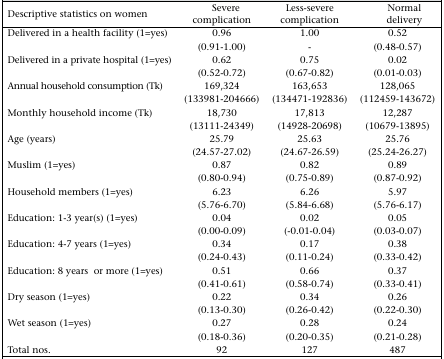
| Descriptive statistics on women | Severe complication | Less-severe complication | Normal delivery |
 | --- | --- | --- | --- |
 | Delivered in a health facility (1=yes) | 0.96 | 1.00 | 0.52 |
 |  | (0.91-1.00) | - | (0.48-0.57) |
 | Delivered in a private hospital (1=yes) | 0.62 | 0.75 | 0.02 |
 |  | (0.52-0.72) | (0.67-0.82) | (0.01-0.03) |
 | Annual household consumption (Tk) | 169,324 | 163,653 | 128,065 |
 |  | (133981-204666) | (134471-192836) | (112459-143672) |
 | Monthly household income (Tk) | 18,730 | 17,813 | 12,287 |
 |  | (13111-24349) | (14928-20698) | (10679-13895) |
 | Age (years) | 25.79 | 25.63 | 25.76 |
 |  | (24.57-27.02) | (24.67-26.59) | (25.24-26.27) |
 | Muslim (1=yes) | 0.87 | 0.82 | 0.89 |
 |  | (0.80-0.94) | (0.75-0.89) | (0.87-0.92) |
 | Household members (1=yes) | 6.23 | 6.26 | 5.97 |
 |  | (5.76-6.70) | (5.84-6.68) | (5.76-6.17) |
 | Education: 1-3 year(s) (1=yes) | 0.04 | 0.02 | 0.05 |
 |  | (0.00-0.09) | (-0.01-0.04) | (0.03-0.07) |
 | Education: 4-7 years (1=yes) | 0.34 | 0.17 | 0.38 |
 |  | (0.24-0.43) | (0.11-0.24) | (0.33-0.42) |
 | Education: 8 years or more (1=yes) | 0.51 | 0.66 | 0.37 |
 |  | (0.41-0.61) | (0.58-0.74) | (0.33-0.41) |
 | Dry season (1=yes) | 0.22 | 0.34 | 0.26 |
 |  | (0.13-0.30) | (0.26-0.42) | (0.22-0.30) |
 | Wet season (1=yes) | 0.27 | 0.28 | 0.24 |
 |  | (0.18-0.36) | (0.20-0.35) | (0.21-0.28) |
 | Total nos. | 92 | 127 | 487 |